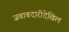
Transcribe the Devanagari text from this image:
जबाबदारीदेखिल